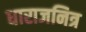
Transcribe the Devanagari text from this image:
धाराजनित्र